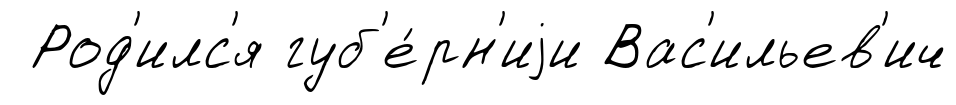
Род'илс'я губ'е́рн'иjи Вас'ильев'ич